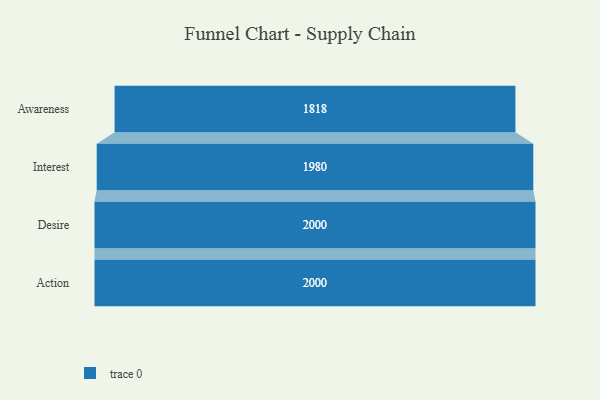
{"axis": {"x": "Stage", "y": "Value"}, "legend": [""], "data": [{"x": "Awareness", "y": 1818.0, "type": ""}, {"x": "Interest", "y": 1980.0, "type": ""}, {"x": "Desire", "y": 2000, "type": ""}, {"x": "Action", "y": 2000, "type": ""}]}